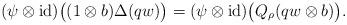
LaTeX: \begin{align*}(\psi\otimes\operatorname{id})\bigl((1\otimes b)\Delta(qw)\bigr)=(\psi\otimes\operatorname{id})\bigl(Q_{\rho}(qw\otimes b)\bigr).\end{align*}